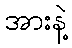
အားနဲ့